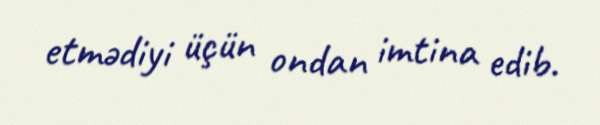
etmədiyi üçün ondan imtina edib.